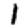
Digit: 1